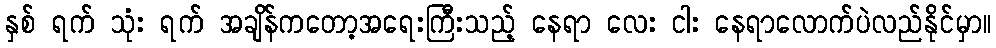
နှစ် ရက် သုံး ရက် အချိန်ကတော့အရေးကြီးသည့် နေရာ လေး ငါး နေရာလောက်ပဲလည်နိုင်မှာ။